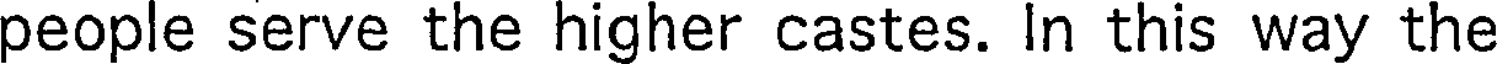
people serve the higher castes. In this way the